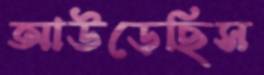
আউড়েছিস